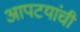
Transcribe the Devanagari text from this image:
आपटयांची